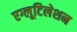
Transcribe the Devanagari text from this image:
एग्लूटिलेशन